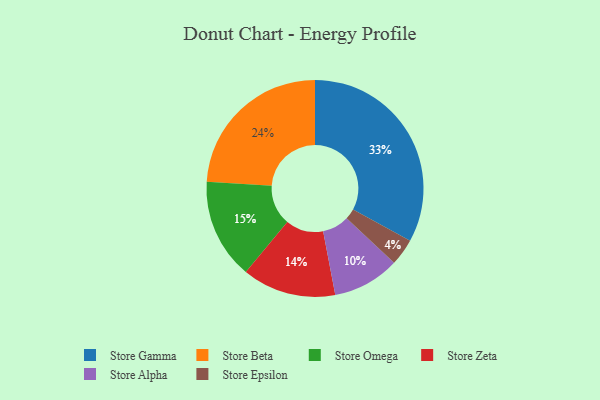
{"axis": {"x": "Category", "y": "Percentage"}, "legend": ["Store Alpha", "Store Beta", "Store Epsilon", "Store Gamma", "Store Omega", "Store Zeta"], "data": [{"x": "Store Alpha", "y": 10, "type": "Store Alpha"}, {"x": "Store Epsilon", "y": 4, "type": "Store Epsilon"}, {"x": "Store Omega", "y": 15, "type": "Store Omega"}, {"x": "Store Gamma", "y": 33, "type": "Store Gamma"}, {"x": "Store Zeta", "y": 14, "type": "Store Zeta"}, {"x": "Store Beta", "y": 24, "type": "Store Beta"}]}